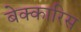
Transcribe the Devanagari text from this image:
बेक्कारिस